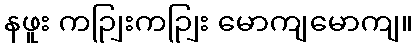
နဖူး ကဉျြးကဉျြး မောကျမောကျ။